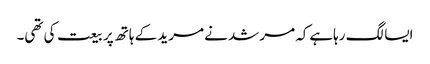
ایسا لگ رہاہےکہ مرشد نے مرید کے ہاتھ پر بیعت کی تھی۔